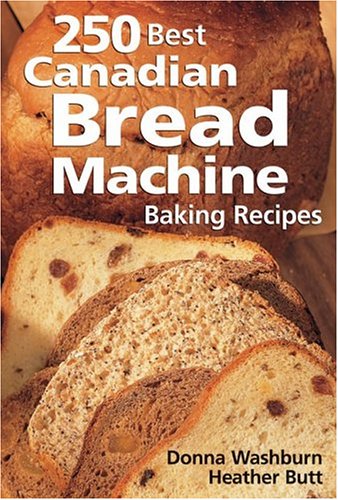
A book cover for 250 Best Canadian Bread Machine: Baking Recipes; Donna Washburn; Cookbooks, Food & Wine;